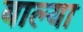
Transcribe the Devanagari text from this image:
बाल्या